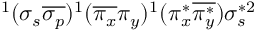
^ 1 ( \sigma _ { s } \overline { { \sigma _ { p } } } ) ^ { 1 } ( \overline { { \pi _ { x } } } \pi _ { y } ) ^ { 1 } ( \pi _ { x } ^ { * } \overline { { \pi _ { y } ^ { * } } } ) \sigma _ { s } ^ { * 2 }